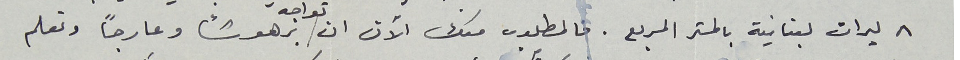
٨ ليرات لبنانية بالمتر الربع. فالمطلوب منك الآن ان تواجه برهوشًا وعارجاً وتعلم